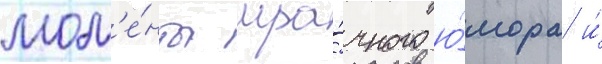
мом'е́нты мра́чного ю́мора и́